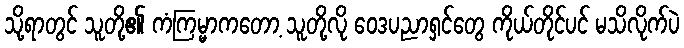
သို့ရာတွင် သူတို့၏ ကံကြမ္မာကတော့ သူတို့လို ဝေဒပညာရှင်တွေ ကိုယ်တိုင်ပင် မသိလိုက်ပဲ